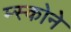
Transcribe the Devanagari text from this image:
म्स्कोने